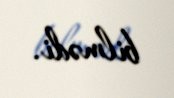
bilmədi.